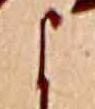
よ